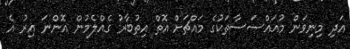
އަދި މިނިވަން މުއައްސަސާތަކުގެ މައްޗަށް އޮތް އިތުބާރު ގެއްލެމުން އޮންނަ އިރު އެ